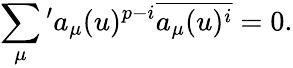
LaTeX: \sum_{\mu}{}^{\prime}a_{\mu}(u)^{p-i}\overline{{{a_{\mu}(u)^{i}}}}=0.